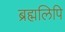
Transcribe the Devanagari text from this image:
ब्रह्मलिपि